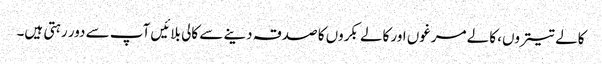
کالے تیتروں، کالے مرغوں اور کالے بکروں کا صدقہ دینے سے کالی بلائیں آپ سے دور رہتی ہیں۔